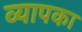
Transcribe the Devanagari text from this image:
व्यापका